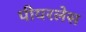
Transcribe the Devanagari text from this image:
पीयरलेस